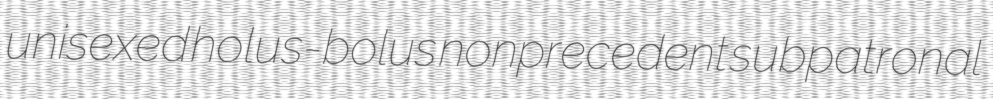
unisexed holus-bolus nonprecedent subpatronal